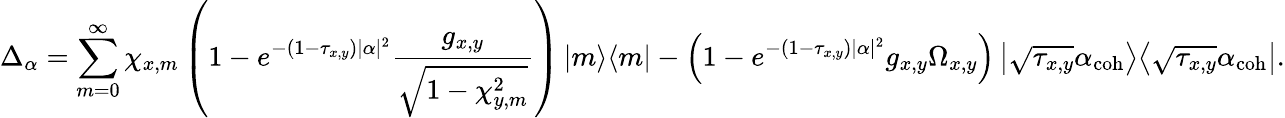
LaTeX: \Delta_{\alpha}=\sum_{m=0}^{\infty}\chi_{x,m}\left(1-e^{-\left(1-\tau_{x,y}\right)|\alpha|^{2}}\frac{g_{x,y}}{\sqrt{1-\chi_{y,m}^{2}}}\right)\left|m\middle>\middle<m\right|-\left(1-e^{-\left(1-\tau_{x,y}\right)|\alpha|^{2}}g_{x,y}\Omega_{x,y}\right)\left|\sqrt{\tau_{x,y}}\alpha_{\mathrm{coh}}\middle>\middle<\sqrt{\tau_{x,y}}\alpha_{\mathrm{coh}}\right|.